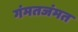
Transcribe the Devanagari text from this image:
गंमतजंमत